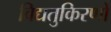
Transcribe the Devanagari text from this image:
विद्यतुकिरणों